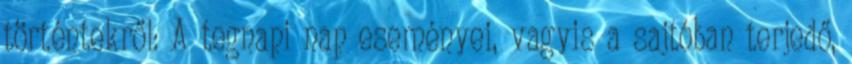
történtekről: A tegnapi nap eseményei, vagyis a sajtóban terjedő,